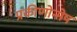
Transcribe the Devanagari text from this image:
प्रकीणोन्मेष